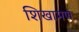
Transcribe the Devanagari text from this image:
शिखामण